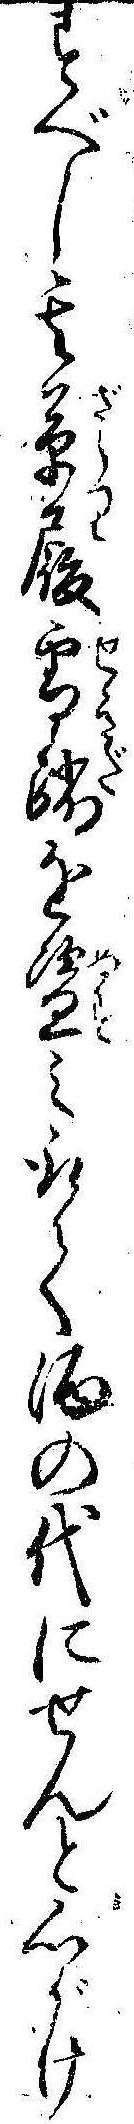
すべし其草履雪踏を盗み取て酒の代にせんと心がけ